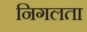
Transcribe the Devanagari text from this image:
निगलता